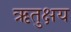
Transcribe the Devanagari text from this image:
ऋतुक्षय